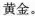
黄金。